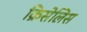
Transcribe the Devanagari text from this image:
क्रिसेलिस